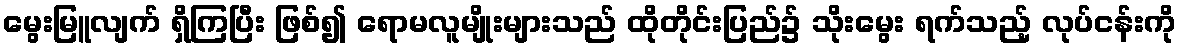
မွေးမြူလျက် ရှိကြပြီး ဖြစ်၍ ရောမလူမျိုးများသည် ထိုတိုင်းပြည်၌ သိုးမွေး ရက်သည့် လုပ်ငန်းကို